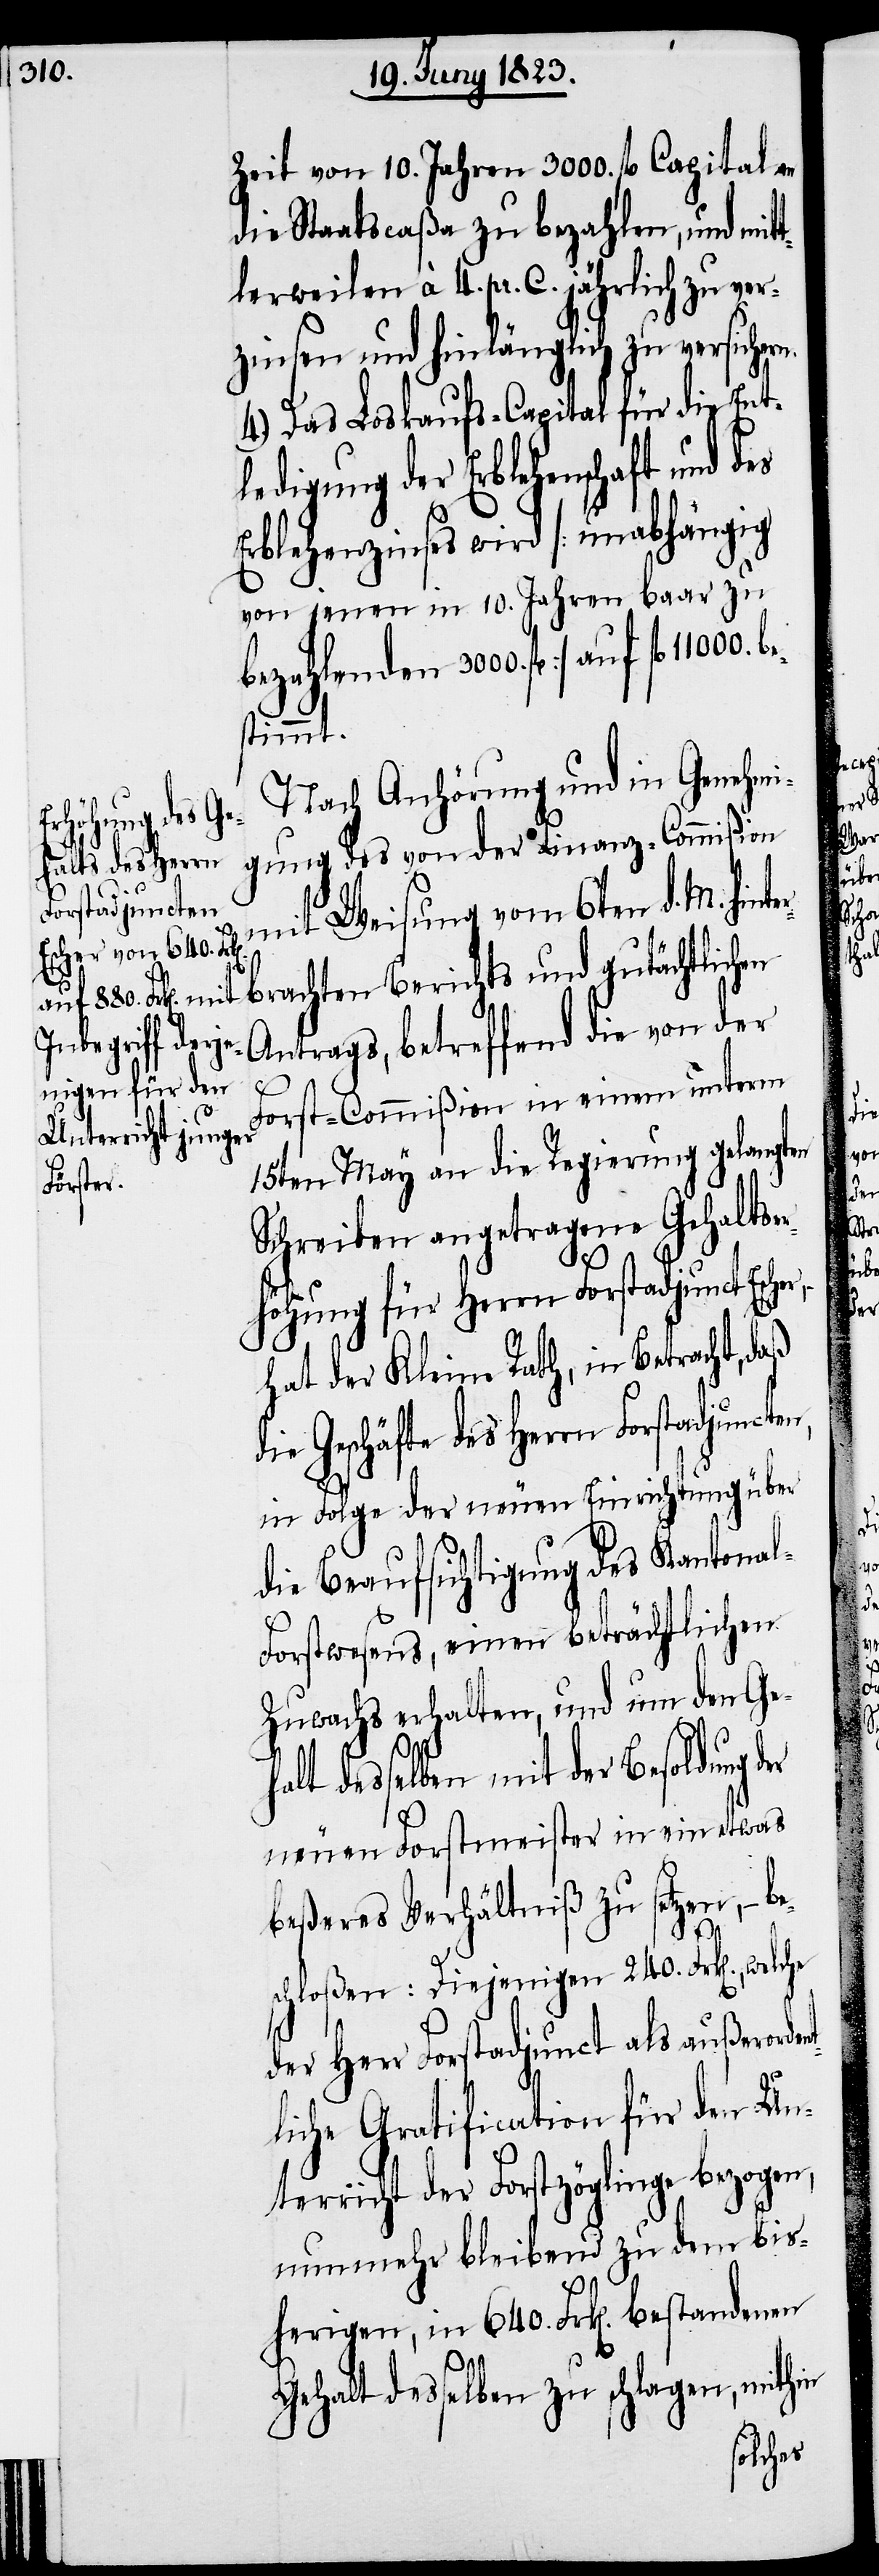
Zeit von 10. Jahren 3000. fl. Capital an
die Staatscaßa zu bezahlen, und mit¬
tlerweilen à 4. pr. C. jährlich zu ver¬
zinsen und hinlänglich zu versiche¬
4.) Das Loskaufs-Capital für die Ent¬
ledigung der Erblehenschaft und des
Erblehenzinses wird [unabhängig
von jenen in 10. Jahren baar zu
bezahlenden 3000. fl.] auf fl.
stimmt.
Nach Anhörung und in Genehmi¬
gung des von der Finanz-Commißion
mit Weisung vom 6ten d.
l-F¬
M. hinterbrachten Berichts und gutächtlichen
Antrags, betreffend die von der
Forst-Commißion in einem unterm
15ten May an die Regierung gelangten
Schreiben angetragene Gehaltser¬
höhung für Herrn Forstadjunct Esch¬
hat der Kleine Rath, in Betracht, daß
die Geschäfte des Herrn Forstadjuncte¬
in Folge der neuen Einrichtung über
die Beaufsichtigung des Kantona¬
orstwesens, einen beträchtlichen
Zuwachs erhalten, und um den Ge¬
dent¬
halt desselben mit der Besoldung der
neuen Forstmeister in ein etwas
beßeres Verhältniß zu setzen, – b¬
es¬
chloßen: Diejenigen 240. Frk[en]., welche
der Herr Forstadjunct als außeror¬
liche Gratification für den Un¬
terricht der Forstzöglinge bezogen,
nunmehr bleibend zu dem bis¬
herigen, in 640. Frk[en]. bestandenen
Gehalt desselben zu schlagen, mithin